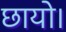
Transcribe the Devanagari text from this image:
छायो।